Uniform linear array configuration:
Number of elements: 4
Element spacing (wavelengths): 0.25
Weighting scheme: hann
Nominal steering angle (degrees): -60
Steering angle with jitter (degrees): -59.309
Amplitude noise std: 0.05
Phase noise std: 0.05

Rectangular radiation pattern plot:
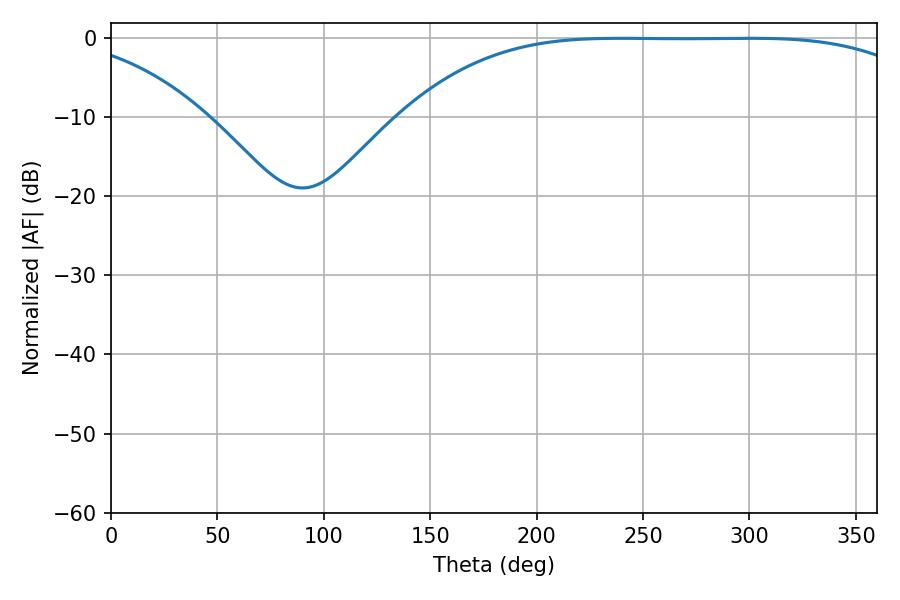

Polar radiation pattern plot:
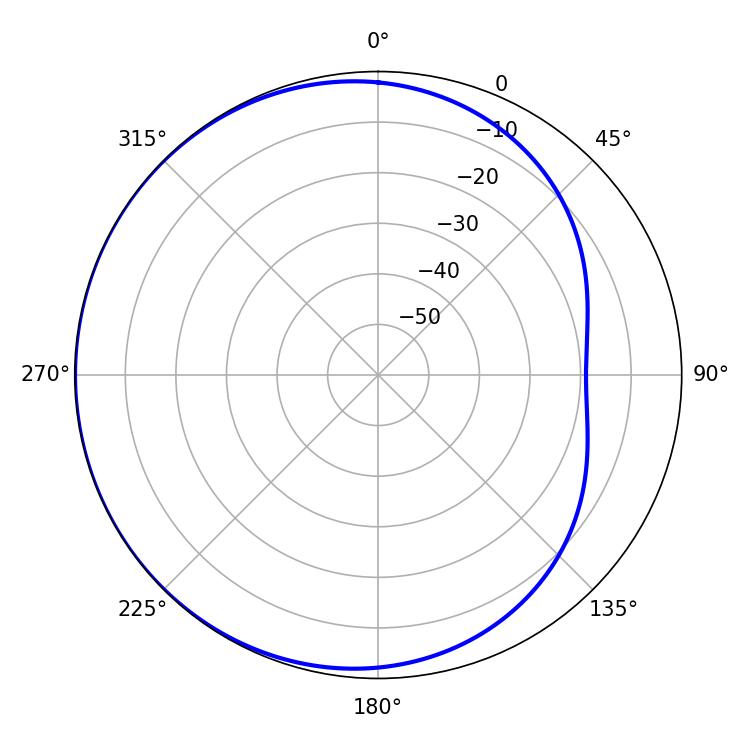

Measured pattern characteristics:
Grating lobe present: FALSE
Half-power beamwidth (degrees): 187.92
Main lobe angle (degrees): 239.58